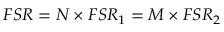
F S R = N \times F S R _ { 1 } = M \times F S R _ { 2 }